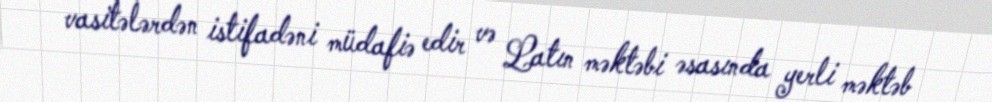
vasitələrdən istifadəni müdafiə edir və Latın məktəbi əsasında yerli məktəb